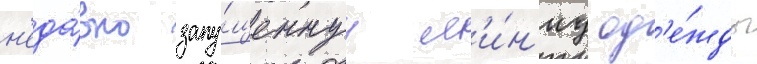
н'еда́вно запу́щеннуу л'и́н'иу од'е́жды